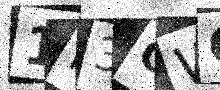
Text: 1P3GWQ